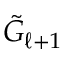
\tilde { G } _ { \ell + 1 }